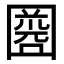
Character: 𡈘